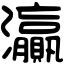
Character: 灜